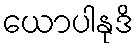
ယောပါနုဒိ